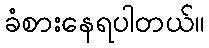
ခံစားနေရပါတယ်။